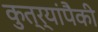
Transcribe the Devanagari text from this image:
कुत्र्यांपैकी